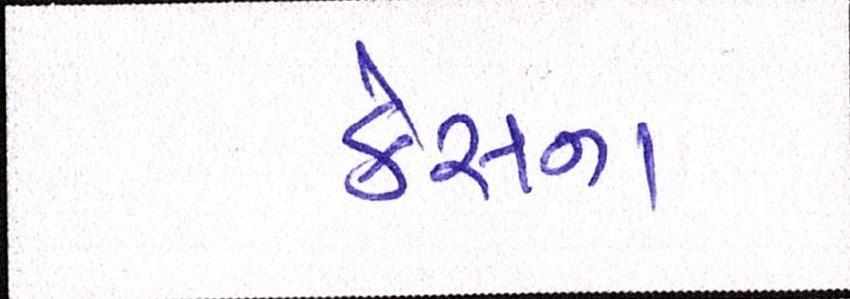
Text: કેસનાં